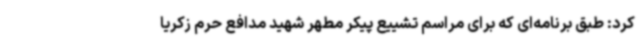
کرد: طبق برنامه‌ای که برای مراسم تشییع پیکر مطهر شهید مدافع حرم زکریا